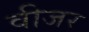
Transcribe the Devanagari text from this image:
वीजर